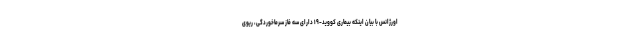
اورژانس با بیان اینکه بیماری کووید-۱۹ دارای سه فاز سرماخوردگی، ریوی